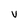
Character: v